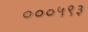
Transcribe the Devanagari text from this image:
०००५९३